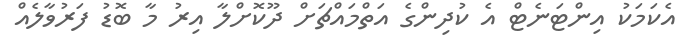
އެކަމަކު އިންޓަނެޓް އެ ކުދިންގެ އަތްމައްޗަށް ދޫކޮށްލާ އިރު މާ ބޮޑު ފަރުވާލެއް